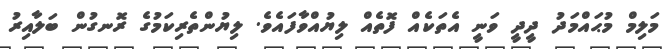
މަލިމް މުޙައްމަދު ދީދީ ވަނީ އެތަކެއް ފޮތެއް ލިޔުއްވާފައެވެ. ލިޔުންތެރިކަމުގެ ރޮނގުން ބަލާއިރު